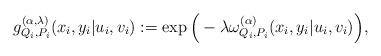
LaTeX: \begin{align*}g_{Q_{i},P_{i}}^{(\alpha,\lambda)}(x_{i},y_{i}|u_{i},v_{i}) & :=\exp\Big(-\lambda\omega_{Q_{i},P_{i}}^{(\alpha)}(x_{i},y_{i}|u_{i},v_{i})\Big),\end{align*}